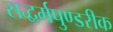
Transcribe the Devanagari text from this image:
सद्धर्मपुण्डरीक